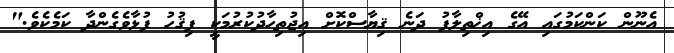
އެނޫން ކަންކަމުގައި އޭގެ އިޚްތިލާފު ދަނެ ޤިޔާސްކޮށް އިޖުތިހާދުކުރުމަކީ ފިޤުހު ފުޅާވެގެންދާ ކަމެކެވެ."